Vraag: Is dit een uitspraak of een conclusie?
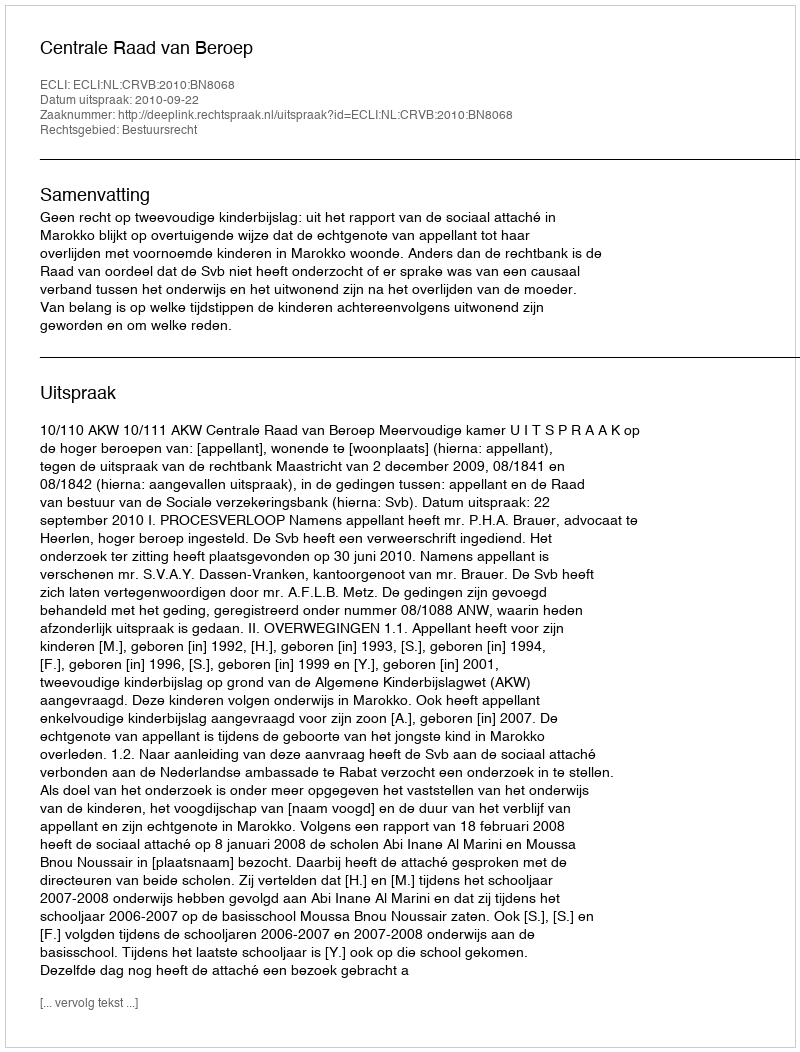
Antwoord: Uitspraak